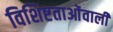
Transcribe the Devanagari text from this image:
विशिष्टताओंवाली